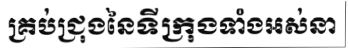
គ្រប់ជ្រុងនៃទីក្រុងទាំងអស់នា